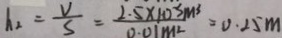
h _ { 2 } = \frac { v } { s } = \frac { 2 . 5 \times 1 0 ^ { - 3 } \times m ^ { 3 } } { 0 . 0 1 m ^ { 2 } } = 0 . 2 5 m